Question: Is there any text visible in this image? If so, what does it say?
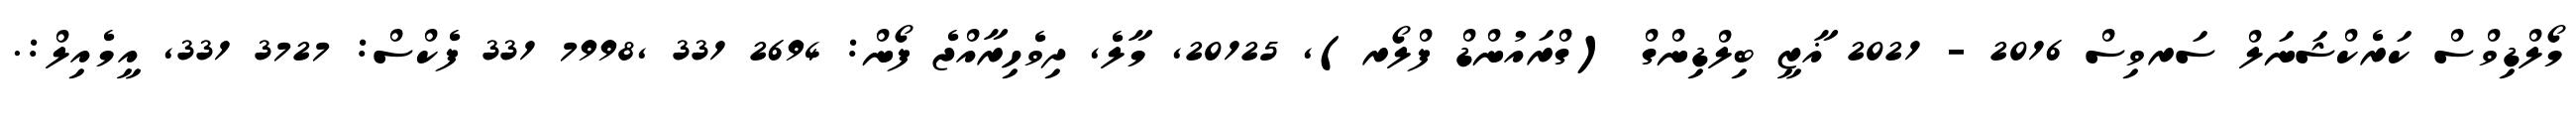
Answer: މޯލްޑިވްސް ކަރެކްޝަނަލް ސަރވިސް 2016 - 2021 ޣާޒީ ބިލްޑިންގް (ގްރައުންޑް ފްލޯރ), 20125, މާލެ, ދިވެހިރާއްޖެ ފޯން: 2694 331 ,7998 331 ފެކްސް: 3727 331, އީމެއިލް:.